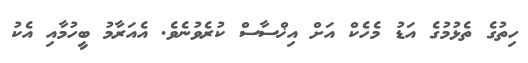
ހިތުގެ ތެޅުމުގެ އަޑު މެހެކް އަށް އިޚްސާސް ކުރެވުނެވެ. އެއަރާމު ބީހުމާއި އެކު